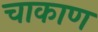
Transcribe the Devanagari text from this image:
चाकाण